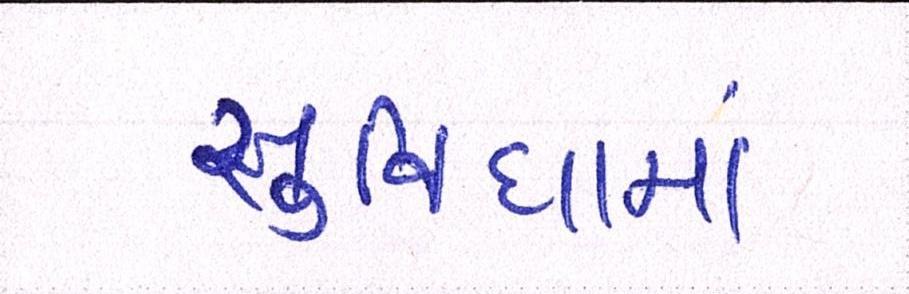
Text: સુવિધામાં